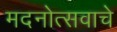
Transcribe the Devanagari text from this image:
मदनोत्सवाचे